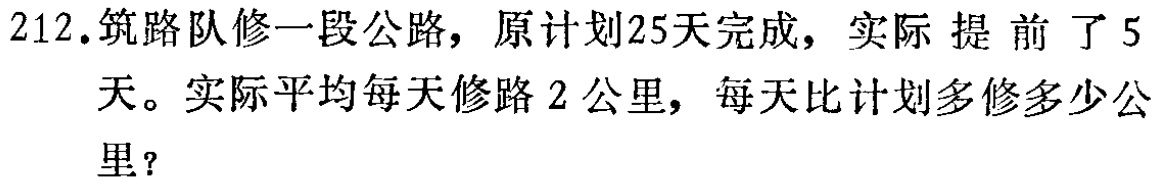
212. 筑路队修一段公路，原计划25天完成，实际提前了5天。实际平均每天修路2公里，每天比计划多修多少公里？